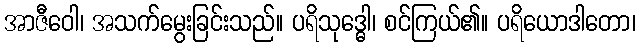
အာဇီဝေါ၊ အသက်မွေးခြင်းသည်။ ပရိသုဒ္ဓေါ၊ စင်ကြယ်၏။ ပရိယောဒါတော၊